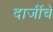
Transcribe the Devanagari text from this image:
दाजींचे